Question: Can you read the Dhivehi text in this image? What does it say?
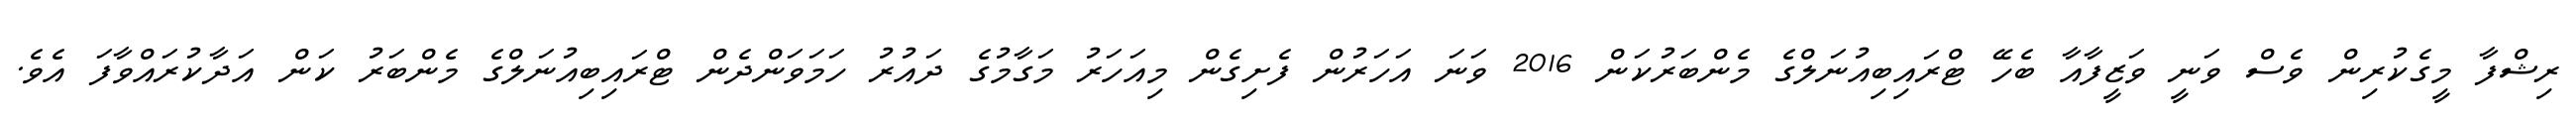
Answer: ރިޝްފާ މީގެކުރިން ވެސް ވަނީ ވަޒީފާއާ ބެހޭ ޓްރައިބިއުނަލްގެ މެންބަރުކަން 2016 ވަނަ އަހަރުން ފެށިގެން މިއަހަރު މަގާމުގެ ދައުރު ހަމަވަންދެން ޓްރައިބިއުނަލްގެ މެންބަރު ކަން އަދާކުރައްވާފަ އެވެ.